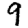
Digit: 9